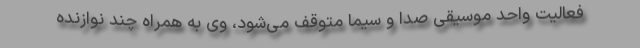
فعالیت واحد موسیقی صدا و سیما متوقف می‌شود، وی به همراه چند نوازنده